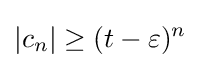
|c_{n}|\geq (t-\varepsilon )^{n}